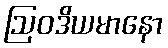
ဩဝဒိယမာနော